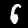
Digit: 6